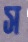
স